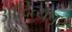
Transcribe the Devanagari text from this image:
आदित्यपूर